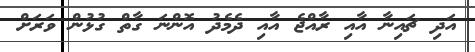
އަދި ޗައިނާ އާއި ރާއްޖެ އާއި ދެމެދު އޮންނަ ގާތް ގުޅުން ވަރަށް